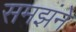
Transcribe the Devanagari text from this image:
समझंने